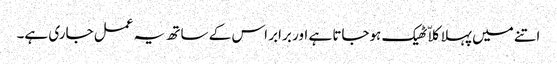
اتنے میں پہلا کلاّ ٹھیک ہوجاتا ہے اور برابر اس کے ساتھ یہ عمل جاری ہے۔